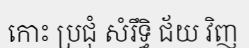
កោះ ប្រជុំ សំរឹទ្ធិ ជ័យ វិញ